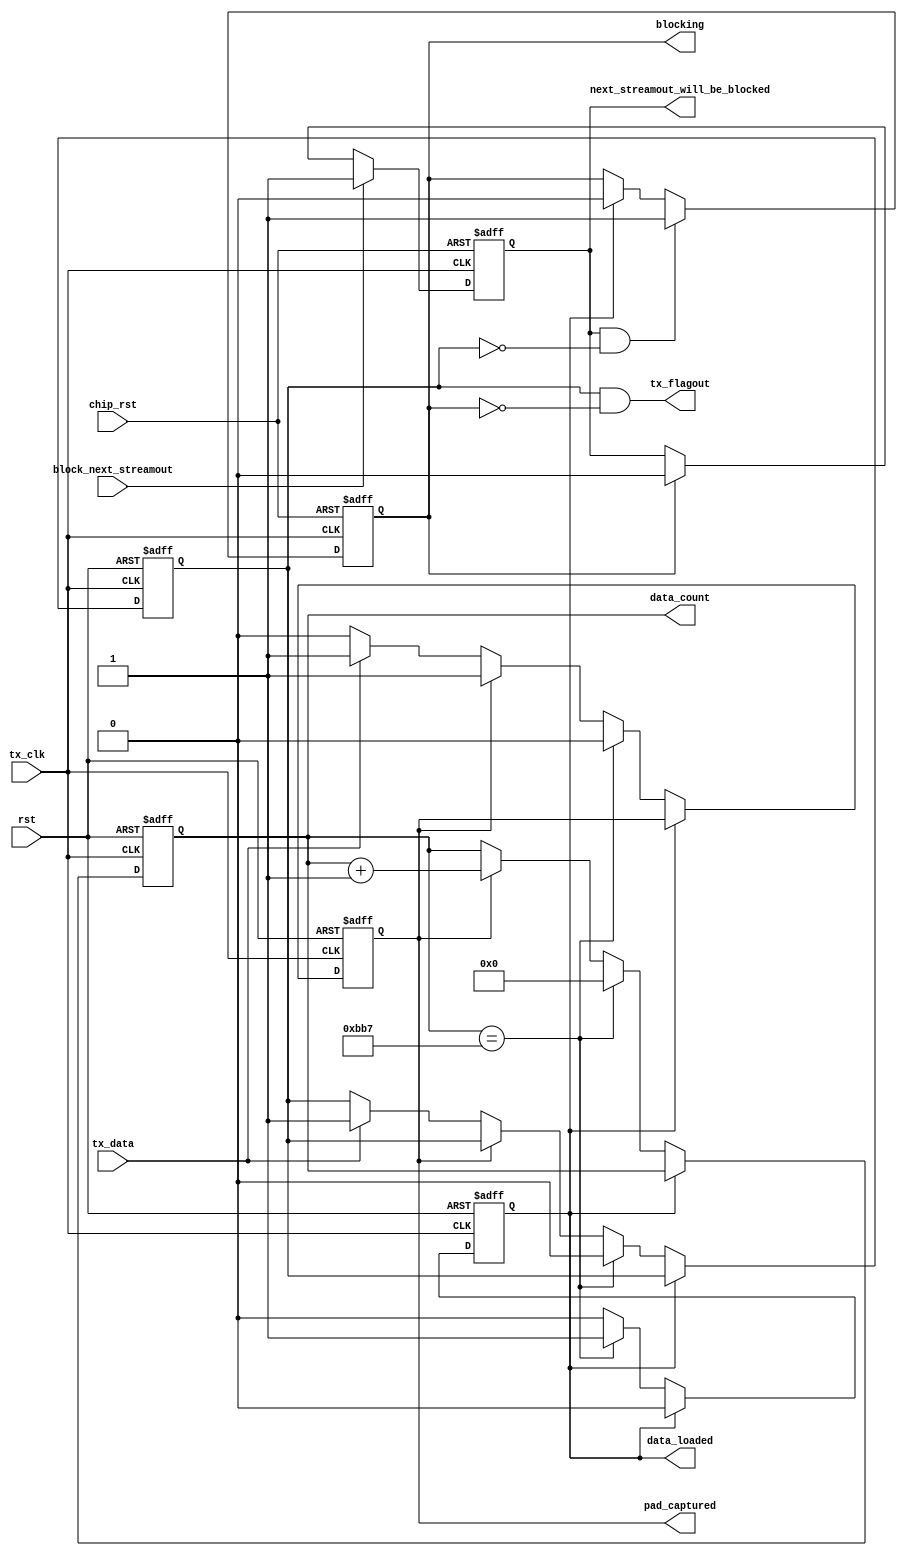

`timescale 1ns/1ps
// ============================================================================
// An interface to set wr_en based on signals from the FIFO
// ============================================================================
module TxFlagOut(
		rst,
		chip_rst,
		block_next_streamout,
		next_streamout_will_be_blocked,
		tx_clk,
		tx_data,
		tx_flagout,
		data_count,
        data_loaded,
        pad_captured, 
        blocking
    );

    //-----------------------------------------------------------------------------------
    //  Parameters
    //-----------------------------------------------------------------------------------
    localparam 	PacketWidth = 		12'd3000;
    localparam  PacketWidthInt =    12'd2999;
	localparam	CountBits = 		12;
	localparam	DummyBits = 		CountBits-1;


    //-----------------------------------------------------------------------------------
    //    I/O
    //-----------------------------------------------------------------------------------
	input 	wire 						rst;
	input 	wire 						chip_rst;
	input 	wire						block_next_streamout;
    input 	wire                      	tx_clk;
    input 	wire                      	tx_data;
	output 	wire						tx_flagout;
    output 	reg                      	data_loaded;
    output 	reg		[CountBits-1:0] 	data_count;
    output 	reg							pad_captured;
	output reg						blocking;
    

    //-----------------------------------------------------------------------------------
    //  Signals
    //-----------------------------------------------------------------------------------
	reg									first_readout_ignored;
	output reg									next_streamout_will_be_blocked;
	reg 								fifo_wr_en;
	

    //-----------------------------------------------------------------------------------
    //  Assigns
    //-----------------------------------------------------------------------------------
	assign tx_flagout = fifo_wr_en & ~blocking;
	

    //-----------------------------------------------------------------------------------
    //  Set tx_flagout 
    //-----------------------------------------------------------------------------------
	always @(posedge tx_clk or posedge rst) begin
		if (rst) begin
			fifo_wr_en <= 1'b0;
			pad_captured <= 1'b0;
            data_loaded <= 1'b0;
			data_count <= {CountBits{1'b0}};
        end else if (data_loaded) begin
            data_loaded <= 1'b0;
		end else if (data_count == PacketWidthInt) begin
			// If we reach the end of the packet
			fifo_wr_en <= 1'b0;
			pad_captured <= 1'b0;
			data_count <= {CountBits{1'b0}};
            data_loaded <= 1'b1;
		end else if (pad_captured) begin
			data_count <= data_count + {{DummyBits{1'b0}}, 1'b1};
		end else if (tx_data) begin
			// FIFOs are not first-word-fall-through
			// fifo_wr_en needs to be set immediately
			// FIFO captures first packet next cycle
			fifo_wr_en <= 1'b1;
			pad_captured <= 1'b1;
		end
	end


   //-----------------------------------------------------------------------------------
	// When the TxFlagOut block receives the block_next_streamout signal, it will ignore the next tx
   //-----------------------------------------------------------------------------------
	always @(posedge tx_clk or posedge chip_rst) begin
		if (chip_rst) begin
			next_streamout_will_be_blocked <= 1'b0;
		end else if (block_next_streamout) begin
			next_streamout_will_be_blocked <= 1'b1;
		end else if (blocking) begin
			next_streamout_will_be_blocked <= 1'b0;
		end
	end   
	
   //-----------------------------------------------------------------------------------
	// When the TxFlagOut block receives the block_next_streamout signal
   //-----------------------------------------------------------------------------------
	always @(posedge tx_clk or posedge chip_rst) begin
		if (chip_rst) begin
			blocking <= 1'b0;
		end else if (next_streamout_will_be_blocked & ~fifo_wr_en) begin
			blocking <= 1'b1;
		end else if (data_loaded) begin
			blocking <= 1'b0;
		end
	end   
	
	
	 
endmodule